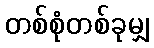
တစ်စုံတစ်ခုမျှ